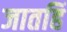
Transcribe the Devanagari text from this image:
जातहिं